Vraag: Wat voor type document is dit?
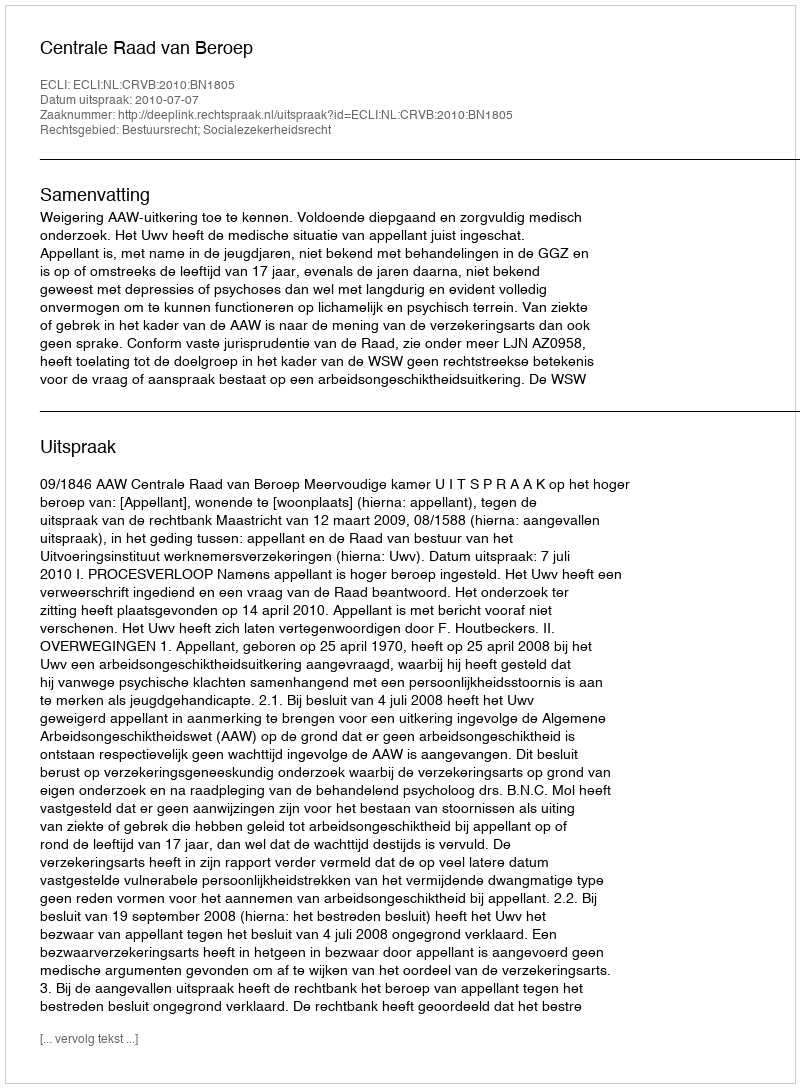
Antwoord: Uitspraak